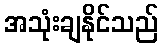
အသုံးချနိုင်သည်